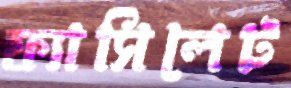
ফ্যাসিলেট